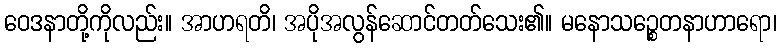
ဝေဒနာတို့ကိုလည်း။ အာဟရတိ၊ အပိုအလွန်ဆောင်တတ်သေး၏။ မနောသဉ္စေတနာဟာရော၊